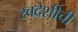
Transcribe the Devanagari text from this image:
स्वदेशीची